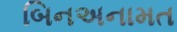
બિનઅનામત